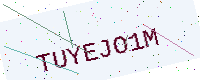
Text: TUYEJO1M